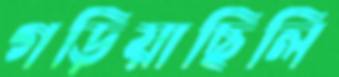
গড়িয়াছিলি